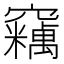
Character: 𱷝